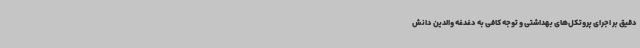
دقیق بر اجرای پروتکل‌های بهداشتی و توجه کافی به دغدغه والدین دانش